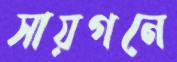
সায়গনে